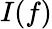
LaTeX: I(f)